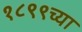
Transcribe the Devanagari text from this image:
१८९९च्या